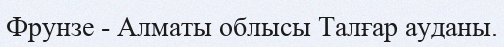
Фрунзе - Алматы облысы Талғар ауданы.